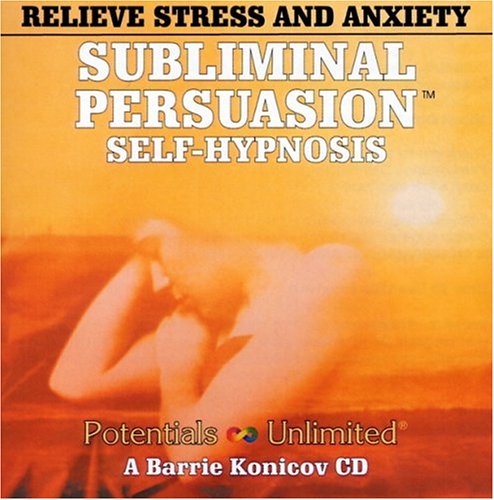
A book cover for Relieve Stress & Anxiety: A Subliminal/Self-Hypnosis Program (Subliminal Persuasion Self-Hypnosis); Barrie Konicov; Self-Help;